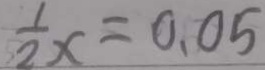
\frac { 1 } { 2 } x = 0 . 0 5